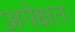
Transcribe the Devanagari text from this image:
अपेक्षतः